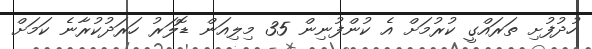
ހުދުފުށި ތަރައްގީ ކުރުމަށް އެ ކުންފުނިން 35 މިލިއަން ޑޮލަރު ހަރަދުކުރާނެ ކަމަށް